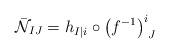
LaTeX: \begin{align*}{\bar {\cal N}}_{IJ}= h_{I \vert i} \circ \left (f^{-1} \right )^i_{\phantom{i} J}\end{align*}